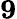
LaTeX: \mathbf{9}